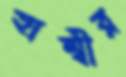
হাম্বীর